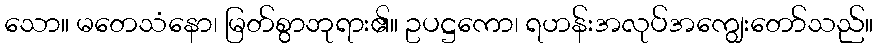
သော။ မတေသံနော၊ မြတ်စွာဘုရား၏။ ဥပဋ္ဌကော၊ ရဟန်းအလုပ်အကျွေးတော်သည်။